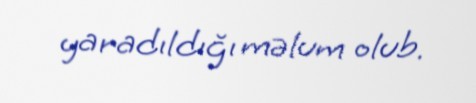
yaradıldığı məlum olub.